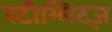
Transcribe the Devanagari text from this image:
स्टीग्लिट्ज़